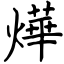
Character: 燁